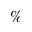
\%